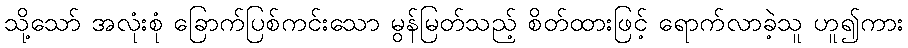
သို့သော် အလုံးစုံ ခြောက်ပြစ်ကင်းသော မွန်မြတ်သည့် စိတ်ထားဖြင့် ရောက်လာခဲ့သူ ဟူ၍ကား